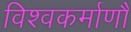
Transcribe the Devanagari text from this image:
विश्वकर्माणौ